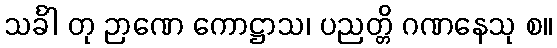
သင်္ခါ တု ဉာဏေ ကောဋ္ဌာသ၊ ပညတ္တိ ဂဏနေသု စ။